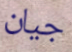
جيان